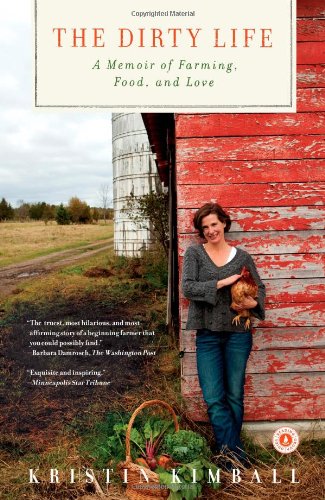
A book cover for The Dirty Life: A Memoir of Farming, Food, and Love; Kristin Kimball; Cookbooks, Food & Wine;